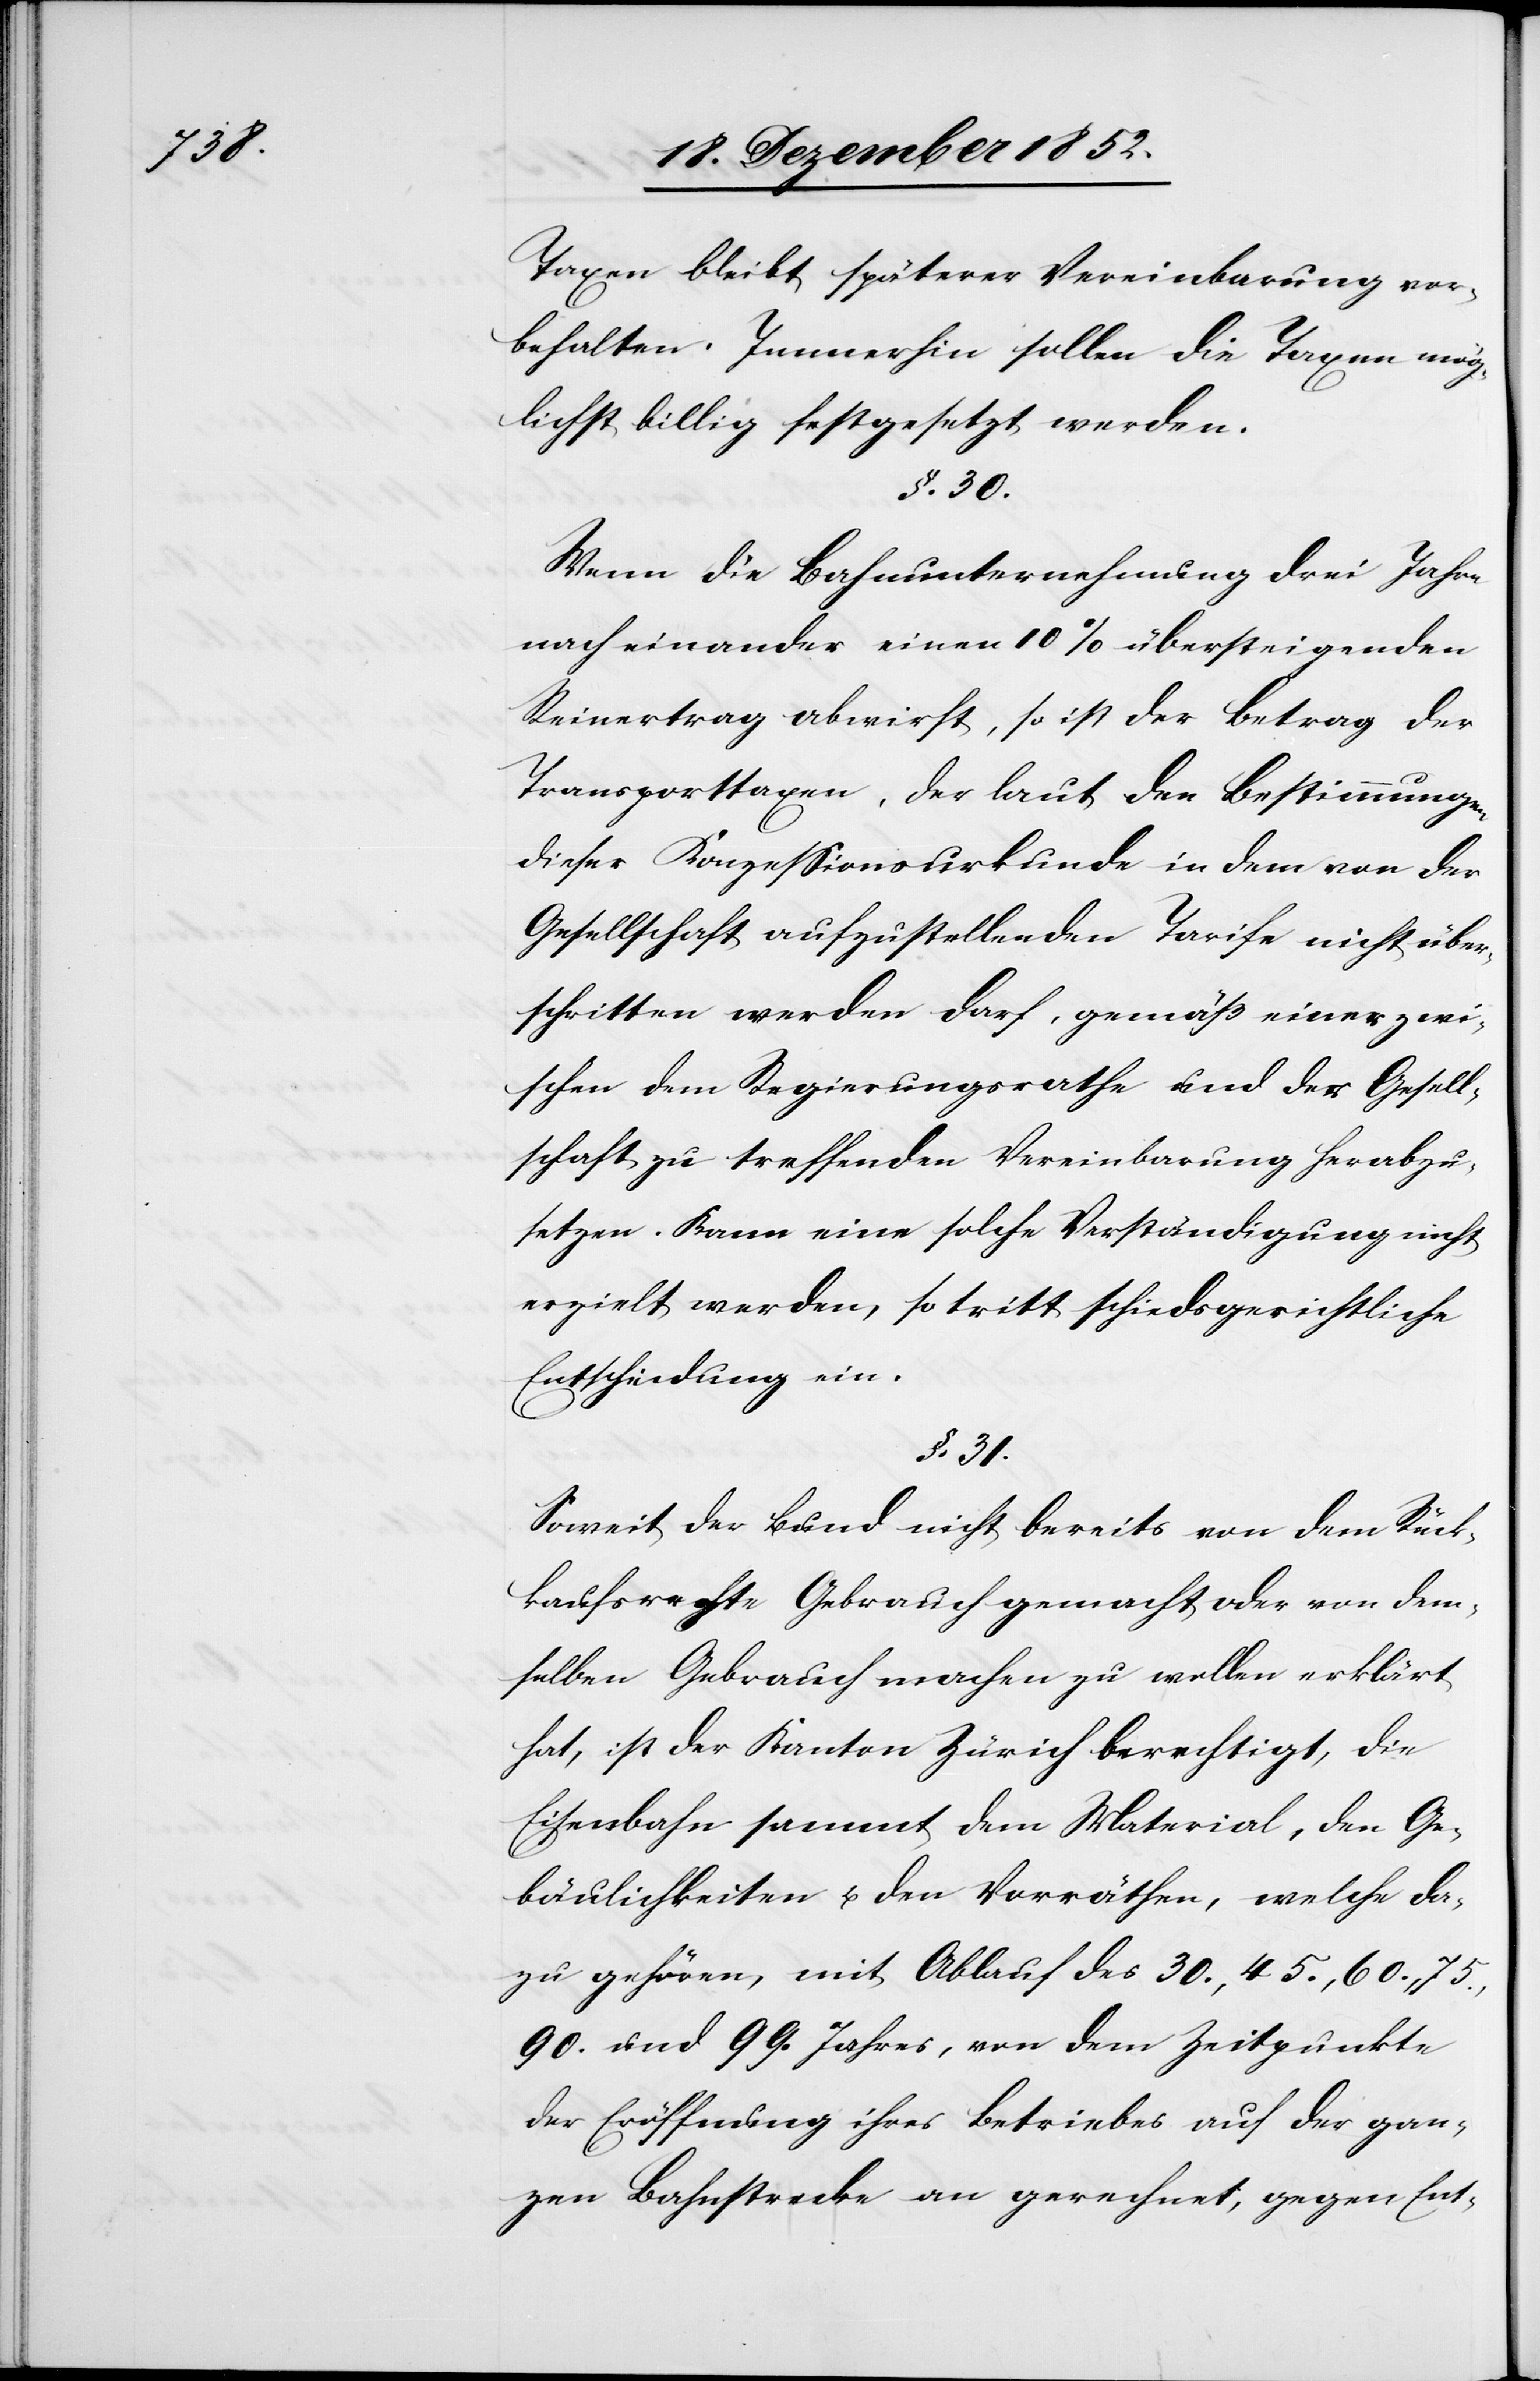
Taxen bleibt späterer Vereinbarung vor¬
behalten. Immerhin sollen die Taxen mög¬
lichst billig festgesetzt werden.
§. 30.
Wenn die Bahnunternehmung drei Jahre
nach einander einen 10% übersteigenden
Reinertrag abwirft, so ist der Betrag der
Transporttaxen, der laut den Bestimmungen
dieser Konzessionsurkunde in dem von der
Gesellschaft aufzustellenden Tarife nicht über¬
schritten werden darf, gemäß einer zwi¬
schen dem Regierungsrathe und der Gesell¬
schaft zu treffenden Vereinbarung herabzu¬
setzen. Kann eine solche Verständigung nicht
erzielt werden, so tritt schiedsgerichtliche
Entscheidung ein.
§. 31.
Soweit der Bund nicht bereits von dem Rück¬
kaufsrechte Gebrauch gemacht oder von dem¬
selben Gebrauch machen zu wollen erklärt
hat, ist der Kanton Zürich berechtigt, die
Eisenbahn sammt dem Material, den Ge¬
bäulichkeiten u. den Vorräthen, welche da¬
zu gehören, mit Ablauf des 30., 45., 60., 75.,
90. und 99. Jahres, von dem Zeitpunkte
der Eröffnung ihres Betriebes auf der gan¬
zen Bahnstrecke an gerechnet, gegen Ent-